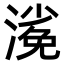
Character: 𣻖